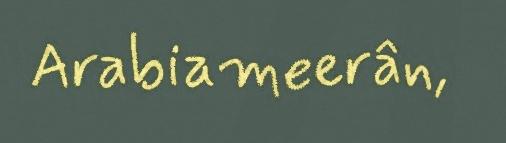
Arabiameerân,